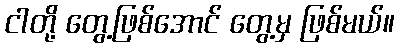
ငါတို့ တွေ့ဖြစ်အောင် တွေ့မှ ဖြစ်မယ်။